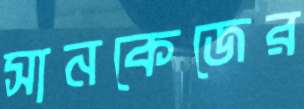
সানকেজের